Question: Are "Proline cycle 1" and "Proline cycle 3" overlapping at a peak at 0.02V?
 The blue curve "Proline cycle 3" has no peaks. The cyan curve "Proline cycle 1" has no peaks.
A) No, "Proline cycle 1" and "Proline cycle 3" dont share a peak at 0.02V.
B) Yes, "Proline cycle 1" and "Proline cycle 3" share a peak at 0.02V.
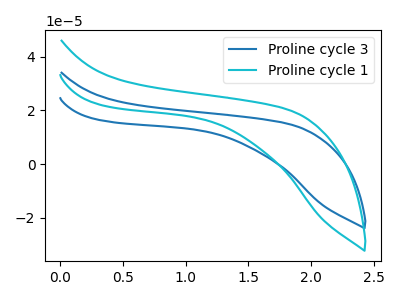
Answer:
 <answer>A) No, "Proline cycle 1" and "Proline cycle 3" dont share a peak at 0.02V.</answer>
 <eval>A</eval>